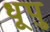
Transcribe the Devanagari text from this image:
धूपु